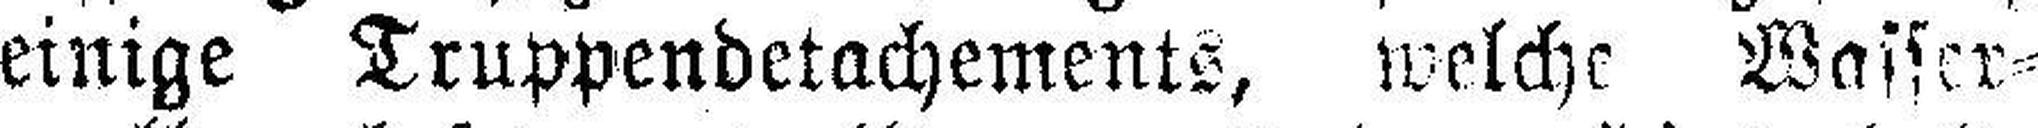
einige Truppendetachements, welche Wasser¬